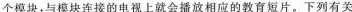
个模块，与模块连接的电视上就会播放相应的教育短片。下列有关